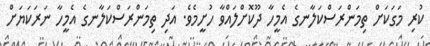
ކުރި މަގަކަށް ތިމަންރަސްކަލާނގެ އެމީހާ ދޫކޮށްލައްވާ ހުށީމެވެ. އަދި ތިމަންރަސްކަލާނގެ އެމީހާ ނަރަކަޔަށް